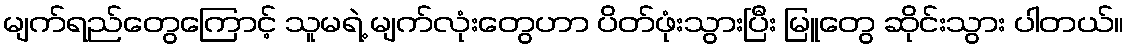
မျက်ရည်တွေကြောင့် သူမရဲ့ မျက်လုံးတွေဟာ ပိတ်ဖုံးသွားပြီး မြူတွေ ဆိုင်းသွား ပါတယ်။